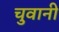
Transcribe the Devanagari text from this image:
चुवानी